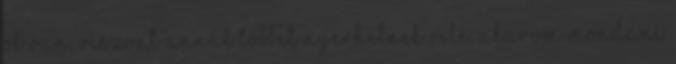
ok van, viszont annál többet nyerhetnek vele. Akarom mondani